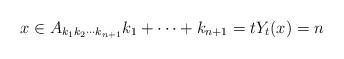
LaTeX: \begin{align*}x\in A_{k_{1}k_{2}\cdots k_{n+1}} k_1+\cdots +k_{n+1}=t Y_t(x) =n \end{align*}